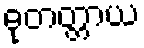
ဓုတတ္တာယ